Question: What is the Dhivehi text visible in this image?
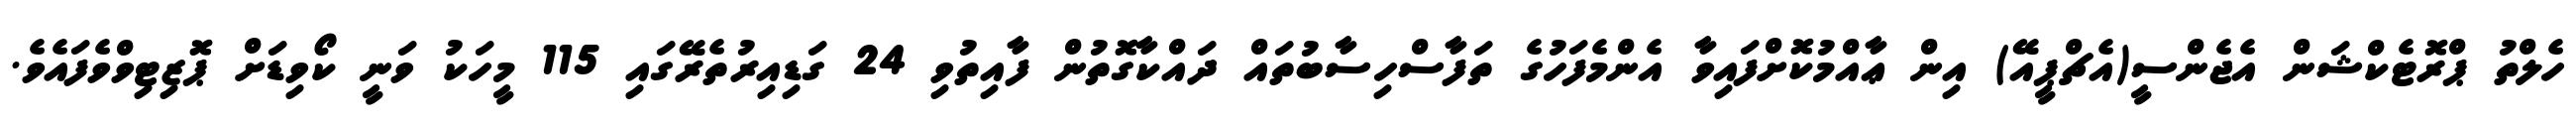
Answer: ހެލްތު ޕްރޮޓެކްޝަން އެޖެންސީ(އެޗްޕީއޭ) އިން ޢާއްމުކޮށްފައިވާ އެންމެފަހުގެ ތަފާސްހިސާބުތައް ދައްކާގޮތުން ފާއިތުވި 24 ގަޑިއިރުތެރޭގައި 115 މީހަކު ވަނީ ކޯވިޑަށް ޕޮޒިޓިވްވެފައެވެ.